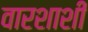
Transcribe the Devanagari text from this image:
वारशाशी